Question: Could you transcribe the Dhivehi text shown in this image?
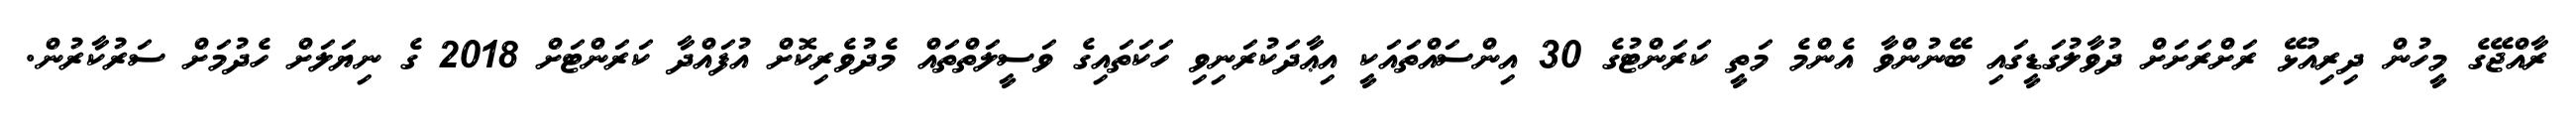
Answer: ރާއްޖޭގެ މީހުން ދިރިއުޅޭ ރަށްރަށަށް ދުވާލުގަޑީގައި ބޭނުންވާ އެންމެ މަތީ ކަރަންޓުގެ 30 އިންސައްތައަކީ އިޢާދަކުރަނިވި ހަކަތައިގެ ވަސީލަތްތައް މެދުވެރިކޮށް އުފައްދާ ކަރަންޓަށް 2018 ގެ ނިޔަލަށް ހެދުމަށް ސަރުކާރުން.